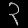
Digit: ၃